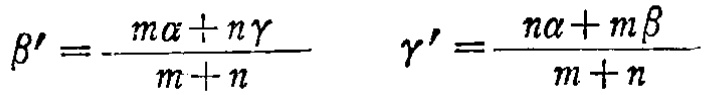
\(\beta' = \frac{m\alpha + n\gamma}{m + n} \quad \gamma' = \frac{n\alpha + m\beta}{m + n}\)